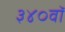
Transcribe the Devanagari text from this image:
३४०वॉ